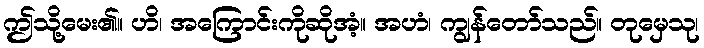
ဤသို့မေး၏။ ဟိ၊ အကြောင်းကိုဆိုအံ့။ အဟံ၊ ကျွန်တော်သည်။ တုမှေသု၊